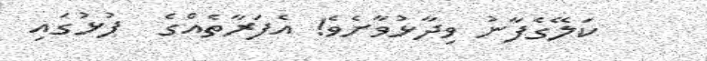
ކަލޭގެފާނު ވިދާޅުވާށެވެ! އެފަރާތެއްގެ  ފުޅުގައި